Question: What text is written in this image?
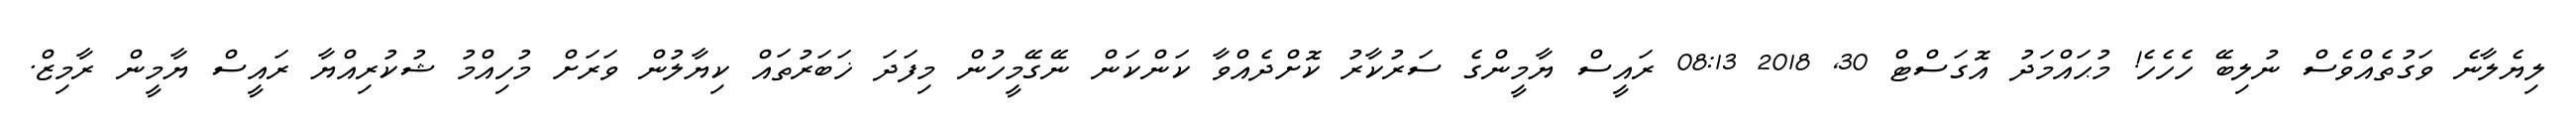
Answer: ލިޔެލާނެ ވަގުތެއްވެސް ނުލިބޭ ހެހެހެ! މުޙައްމަދު އޮގަސްޓް 30, 2018 08:13 ރައީސް ޔާމީންގެ ސަރުކާރު ކޮށްދެއްވާ ކަންކަން ނޭގޭމީހުން މިފަދަ ޚަބަރުތައް ކިޔާލުން ވަރަށް މުހިއްމު ޝުކުރިއްޔާ ރައީސް ޔާމީން ރާމިޒް.